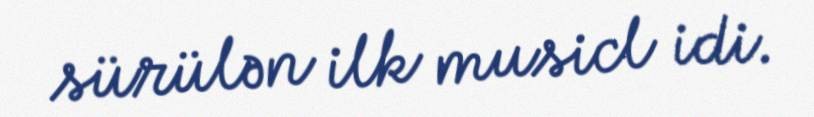
sürülən ilk musicl idi.